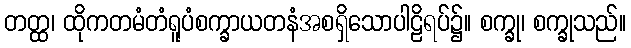
တတ္ထ၊ ထိုကတမံတံရူပံစက္ခာယတနံအစရှိသောပါဠိရပ်၌။ စက္ခု၊ စက္ခုသည်။